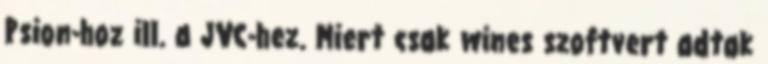
Psion-hoz ill. a JVC-hez. Miert csak wines szoftvert adtak